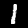
Digit: 1